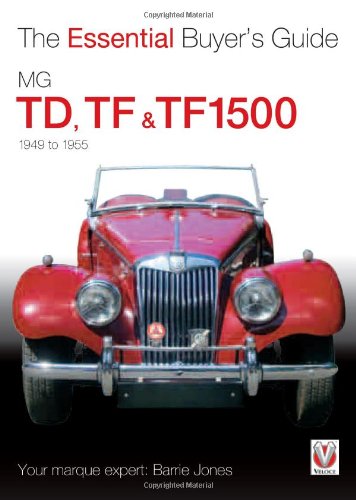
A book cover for MG TD, TF & TF1500: 1949-1955 (The Essential Buyer's Guide); Barrie Jones; Engineering & Transportation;